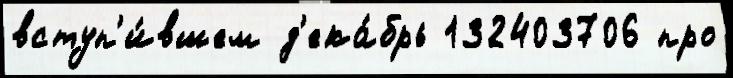
вступ'и́вшем д'ека́брь 132403706 про